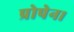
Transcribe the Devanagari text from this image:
प्रोपेन।